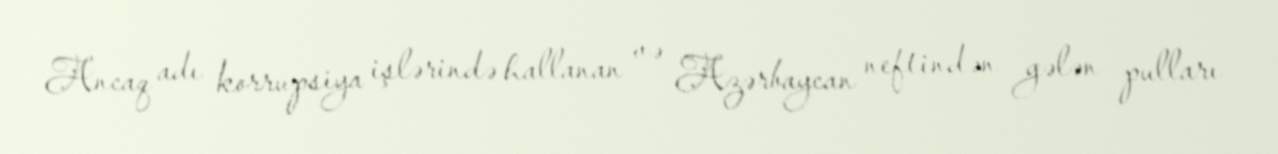
Ancaq adı korrupsiya işlərində hallanan və Azərbaycan neftindən gələn pulları